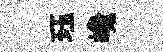
珏巉